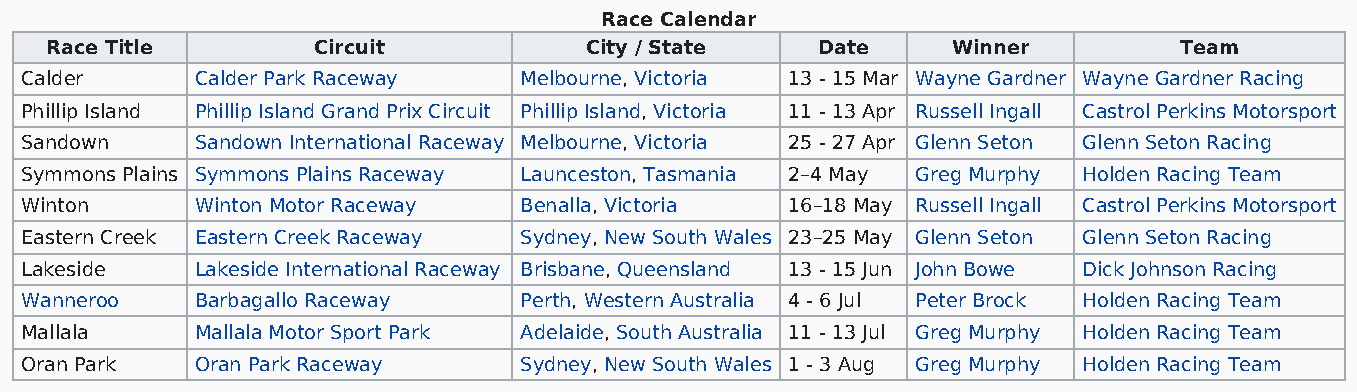
Race Calendar
 Race Title        Circuit           City / State   Date     Winner         Team
 Calder      Calder Park Raceway  Melbourne, Victoria 13 - 15 Mar Wayne Gardner Wayne Gardner Racing
 Phillip Island Phillip Island Grand Prix Circuit Phillip Island, Victoria 11 - 13 Apr Russell Ingall Castrol Perkins Motorsport
 Sandown     Sandown International Raceway Melbourne, Victoria 25 - 27 Apr Glenn Seton Glenn Seton Racing
 Symmons Plains Symmons Plains Raceway Launceston, Tasmania 2–4 May Greg Murphy Holden Racing Team
 Winton      Winton Motor Raceway Benalla, Victoria 16–18 May Russell Ingall Castrol Perkins Motorsport
 Eastern Creek Eastern Creek Raceway Sydney, New South Wales 23–25 May Glenn Seton Glenn Seton Racing
 Lakeside    Lakeside International Raceway Brisbane, Queensland 13 - 15 Jun John Bowe Dick Johnson Racing
 Wanneroo    Barbagallo Raceway   Perth, Western Australia 4 - 6 Jul Peter Brock Holden Racing Team
 Mallala     Mallala Motor Sport Park Adelaide, South Australia 11 - 13 Jul Greg Murphy Holden Racing Team
 Oran Park   Oran Park Raceway    Sydney, New South Wales 1 - 3 Aug Greg Murphy Holden Racing Team